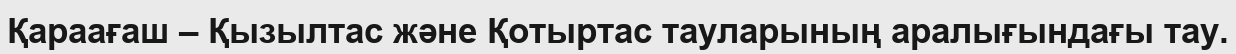
Қараағаш – Қызылтас және Қотыртас тауларының аралығындағы тау.